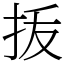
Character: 㧞